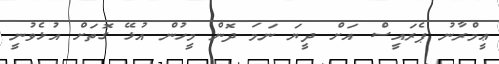
ޢީމްރާނު ޕެރައީސް އަށް ދީޔަ ނަމަ ދޮން މީހުން އުޅޭ ގޮތަށް އުޅެވުނީ